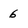
Character: 6